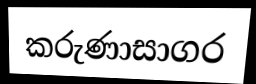
කරුණාසාගර